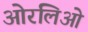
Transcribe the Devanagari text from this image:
ओरलिओ